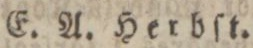
E. A. Herbſt.